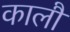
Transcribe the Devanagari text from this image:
कालौं